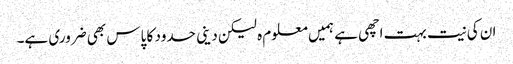
ان کی نیت بہت اچھی ہے ہمیں معلوم ہ لیکن دینی حدود کا پاس بھی ضروری ہے۔